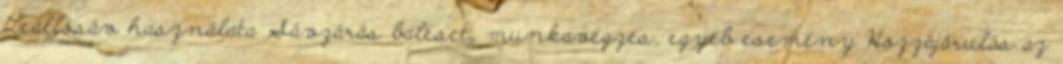
Leállósáv használata Sávzárás baleset, munkavégzés, egyéb esemény Hozzájárulás az